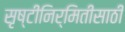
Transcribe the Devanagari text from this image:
सृष्टीनिर्मितीसाठी